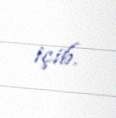
içib.